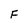
Character: F